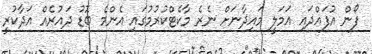
ފޯން އުފައްދައި އަމަލީ މައިދާނަށް ނެރެ މާކެޓްކުރުމުގައި އެންމެ ބޮޑު ދައުރެއް އަދާކުރީ